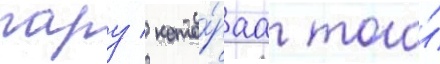
пару / кото́раа того́